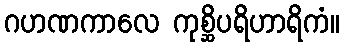
ဂဟဏကာလေ ကုစ္ဆိပရိဟာရိကံ။